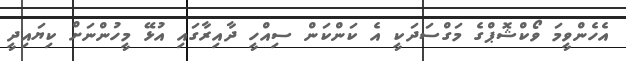
އެހެންވީމަ ވޯކްޝޮޕްގެ މަގްސަދަކީ އެ ކަންކަން ސިއްހީ ދާއިރާގައި އުޅޭ މީހުންނަށް ކިޔައިދީ